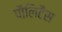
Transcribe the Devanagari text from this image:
पौलिटैस